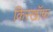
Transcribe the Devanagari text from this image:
किरखॉफ़